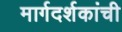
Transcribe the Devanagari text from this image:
मार्गदर्शकांची